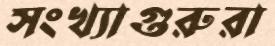
সংখ্যাগুরুরা